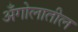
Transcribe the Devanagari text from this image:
अँगोलातील